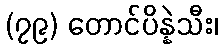
(၇၉) တောင်ပိန္နဲသီး၊